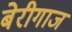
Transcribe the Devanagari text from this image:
बेरीगाज